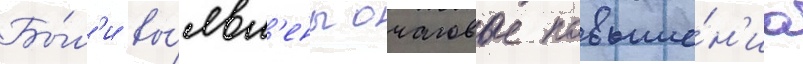
Бы́л'и вы́явл'ены очаговые повыше́н'иа